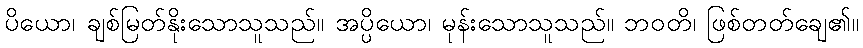
ပိယော၊ ချစ်မြတ်နိုးသောသူသည်။ အပ္ပိယော၊ မုန်းသောသူသည်။ ဘဝတိ၊ ဖြစ်တတ်ချေ၏။